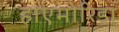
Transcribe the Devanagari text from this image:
हाएमोरिडा